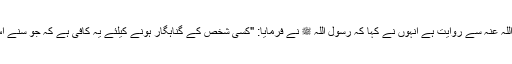
حضرت ابو ہریرہ رضی اللہ عنہ سے روایت ہے انہوں نے کہا کہ رسول اللہ ﷺ نے فرمایا: "کسی شخص کے گناہگار ہونے کیلئے یہ کافی ہے کہ جو سنے اس کو(آگے) بیان کردے”۔